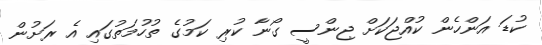
ކުޑަ އަންހެން ކުއްޖަކަށް ޖިންސީ ގޯނާ ކުރި ކަމުގެ ތުހުމަތުގައި އެ ރަށުން